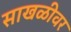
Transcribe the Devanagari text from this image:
साखळीवर